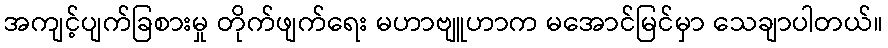
အကျင့်ပျက်ခြစားမှု တိုက်ဖျက်ရေး မဟာဗျူဟာက မအောင်မြင်မှာ သေချာပါတယ်။